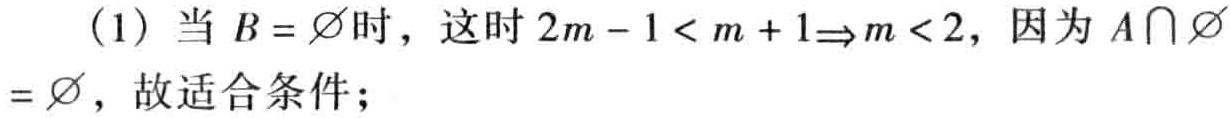
（1）当 \(B = \varnothing\) 时，这时 \(2m - 1 < m + 1\Rightarrow m < 2\)，因为 \(A\cap\varnothing=\varnothing\)，故适合条件；